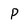
Character: p